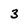
Character: 3